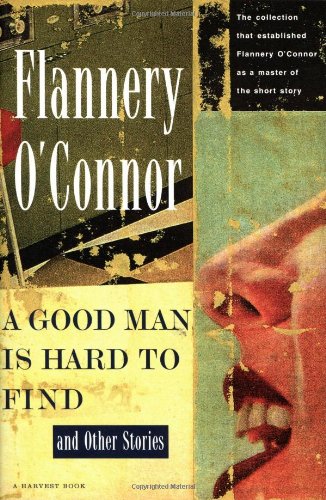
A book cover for A Good Man Is Hard to Find and Other Stories; Flannery O'Connor; Literature & Fiction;